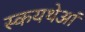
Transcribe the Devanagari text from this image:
स्कयथेआं